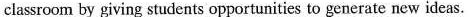
classroom by giving students opportunities to generate new ideas.